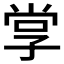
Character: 𭓋